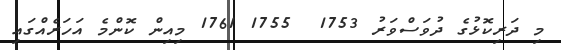
މި ދަރިކޮޅުގެ ދުވަސްވަރު 1753  1755 1761 މިއިން ކޮންމެ އަހަރެއްގައި